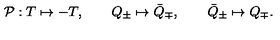
{ \cal P } : T \mapsto - T , \qquad Q _ { \pm } \mapsto \bar { Q } _ { \mp } , \qquad \bar { Q } _ { \pm } \mapsto Q _ { \mp } .